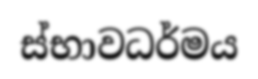
ස්භාවධර්මය